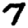
Digit: 7